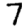
Digit: 7